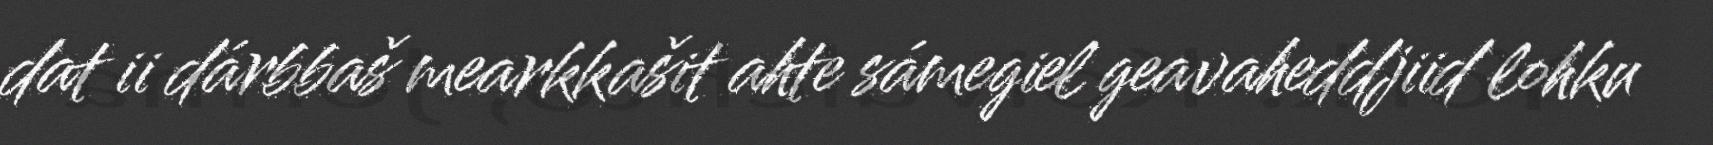
dat ii dárbbaš mearkkašit ahte sámegiel geavaheddjiid lohku